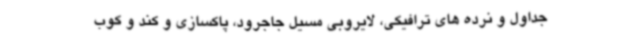
جداول و نرده های ترافیکی، لایروبی مسیل جاجرود، پاکسازی و کند و کوب